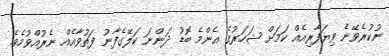
ނުކުރެވޭނެ ވިޔަފާރިއެއް ކަމަށް ޝަހަރުގެ އެންމެ ބޮޑު ދަންނަ ކަލޭގެފާނު ފަތުވާއެއް ނެރުއްވުމެވެ.